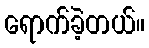
ရောက်ခဲ့တယ်။